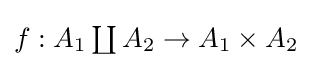
{\textstyle f:A_{1}\coprod A_{2}\to A_{1}\times A_{2}}